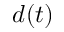
d ( t )